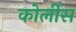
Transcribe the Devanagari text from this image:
कोर्लीस